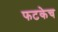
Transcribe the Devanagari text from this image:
फटकेच